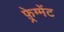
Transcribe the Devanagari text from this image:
फ़्रेग्मेंट